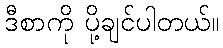
ဒီစာကို ပို့ချင်ပါတယ်။